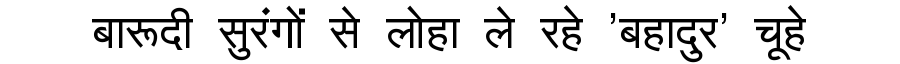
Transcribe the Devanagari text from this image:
बारूदी सुरंगों से लोहा ले रहे 'बहादुर' चूहे